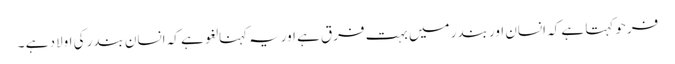
فرحو کہتا ہے کہ انسان اور بندر میں بہت فرق ہے اوریہ کہنا لغو ہے کہ انسان بندر کی اولاد ہے ۔